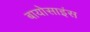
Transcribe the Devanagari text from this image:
बायोसाइंस